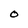
Character: O